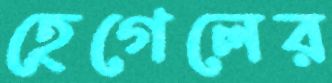
হেগেলের